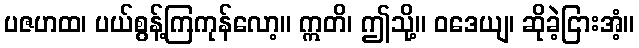
ပဇဟထ၊ ပယ်စွန့်ကြကုန်လော့။ ဣတိ၊ ဤသို့။ ဝဒေယျ၊ ဆိုခဲ့ငြားအံ့။